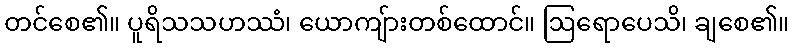
တင်စေ၏။ ပူရိသသဟဿံ၊ ယောကျ်ားတစ်ထောင်။ ဩရောပေသိ၊ ချစေ၏။